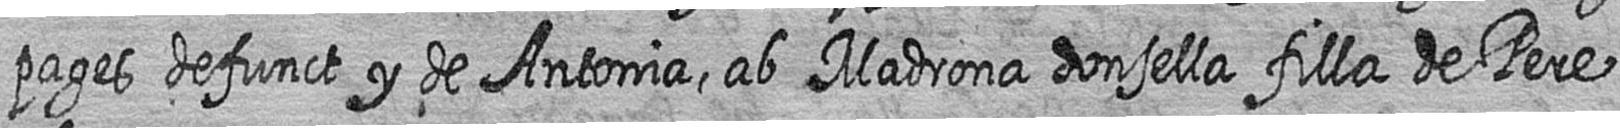
pages defunct y de Antonia ab Madrona donsella filla de Pere